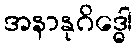
အနာနုဂိဒ္ဓေါ